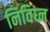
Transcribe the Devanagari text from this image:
निविघ्न